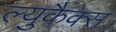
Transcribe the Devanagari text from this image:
ल्युकैक्स